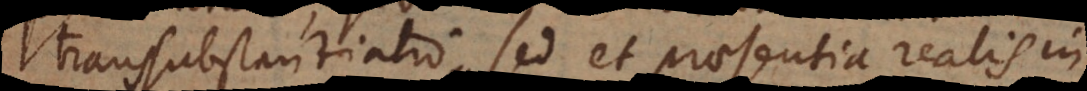
transsubstantiatio, sed et praesentia realis